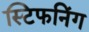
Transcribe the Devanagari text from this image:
स्टिफनिंग